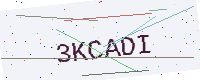
Text: 3KCADI